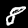
Digit: 8